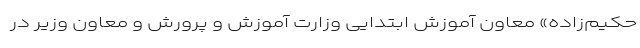
حکیم‌زاده» معاون آموزش ابتدایی وزارت آموزش و پرورش و معاون وزیر در